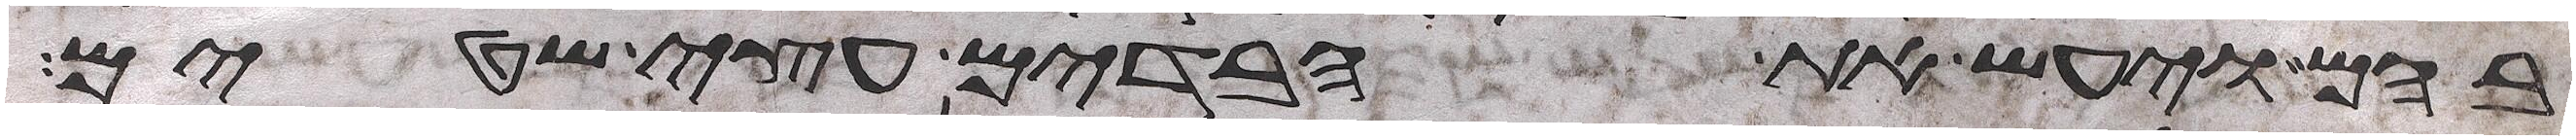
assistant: בהם ויעש את הבדים עצי שטים